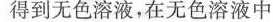
得到无色溶液，在无色溶液中